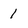
Character: 1